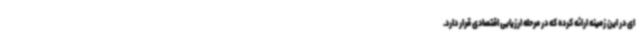
ای در این زمینه ارائه کرده که در مرحله ارزیابی اقتصادی قرار دارد.